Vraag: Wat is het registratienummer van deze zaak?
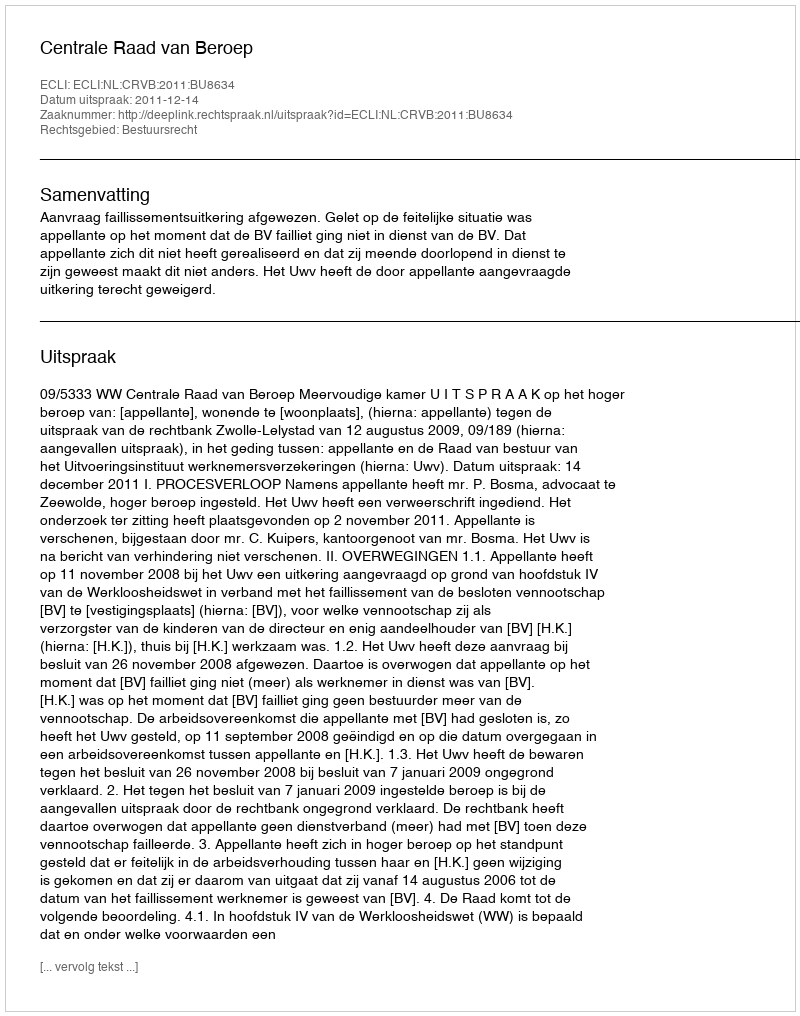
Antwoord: http://deeplink.rechtspraak.nl/uitspraak?id=ECLI:NL:CRVB:2011:BU8634